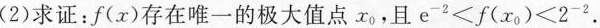
(2)求证：f(x)存在唯一的极大值点x_{0}，且$$e ^ { - 2 } < f ( x _ { 0 } ) < 2 _ ^ { - 2 }$$.